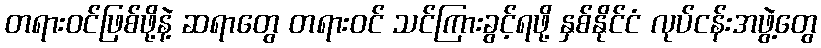
တရားဝင်ဖြစ်ဖို့နဲ့ ဆရာတွေ တရားဝင် သင်ကြားခွင့်ရဖို့ နှစ်နိုင်ငံ လုပ်ငန်းအဖွဲ့တွေ